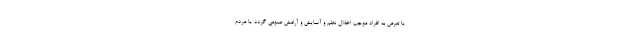
یا تعرض به افراد موجب اخلال نظم و آسایش و آرامش عمومی گردد یا مردم